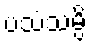
ပသံသမ္ပိ